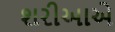
શરીઆએ